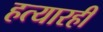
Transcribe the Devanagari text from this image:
हत्यारही